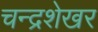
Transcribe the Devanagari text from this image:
चन्‍द्रशेखर